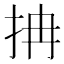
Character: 抩